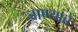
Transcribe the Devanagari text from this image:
जाण्याचें